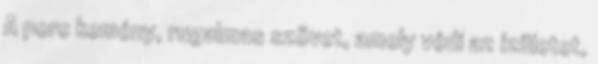
A porc kemény, rugalmas szövet, amely védi az ízületet,